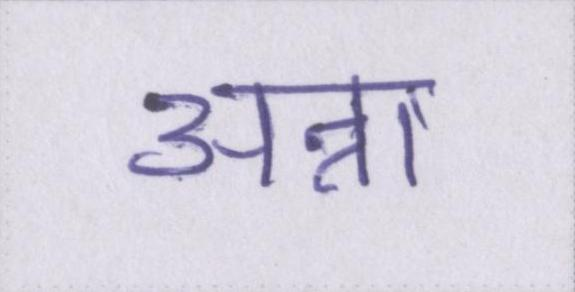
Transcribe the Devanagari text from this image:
अन्ना